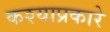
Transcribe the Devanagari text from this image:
कश्याप्रकारे